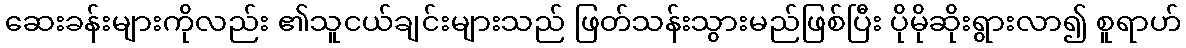
ဆေးခန်းများကိုလည်း ၏သူငယ်ချင်းများသည် ဖြတ်သန်းသွားမည်ဖြစ်ပြီး ပိုမိုဆိုးရွားလာ၍ စူရာဟ်